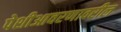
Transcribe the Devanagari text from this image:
पेशीआवरणावरील